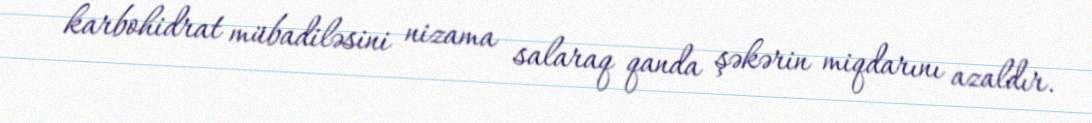
karbohidrat mübadiləsini nizama salaraq qanda şəkərin miqdarını azaldır.